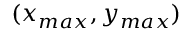
( x _ { m a x } , y _ { m a x } )